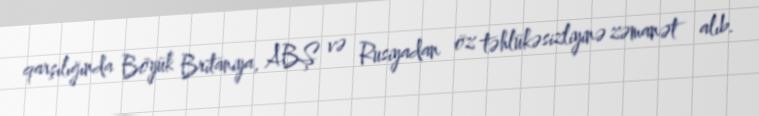
qarşılığında Böyük Britaniya, ABŞ və Rusiyadan öz təhlükəsizliyinə zəmanət alıb.